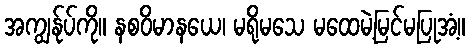
အကျွန်ုပ်ကို။ နစဝိမာနယေ၊ မရိုမသေ မထေမဲ့မြင်မပြုအံ့။